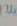
الة